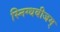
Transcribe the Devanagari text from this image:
स्निग्धबीजम्